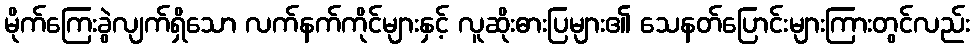
မိုက်ကြေးခွဲလျက်ရှိသော လက်နက်ကိုင်များနှင့် လူဆိုးဓားပြများ၏ သေနတ်ပြောင်းများကြားတွင်လည်း